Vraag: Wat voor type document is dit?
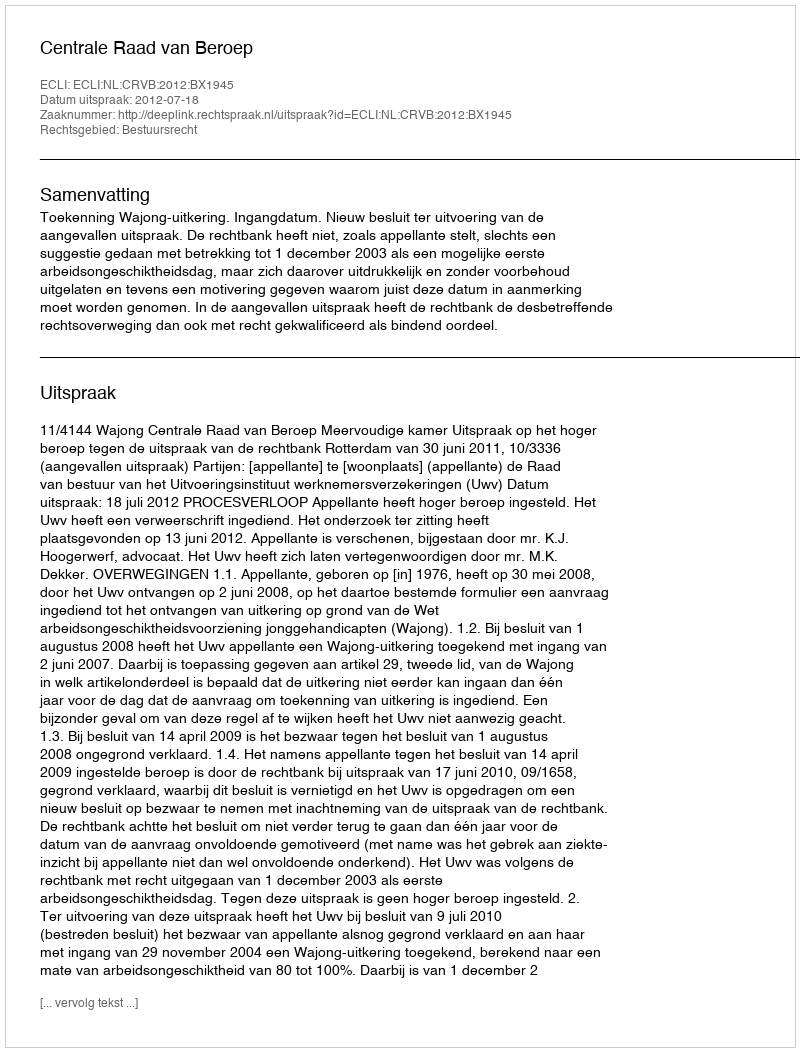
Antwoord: Uitspraak